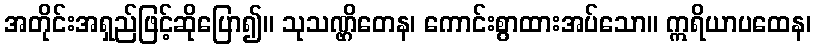
အတိုင်းအရှည်ဖြင့်ဆိုပြော၍။ သုသဏ္ဌိတေန၊ ကောင်းစွာထားအပ်သော။ ဣရိယာပထေန၊